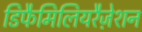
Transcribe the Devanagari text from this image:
डिफैमिलियरैज़ेशन